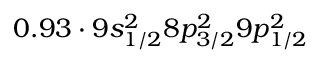
0 . 9 3 \cdot 9 s _ { 1 / 2 } ^ { 2 } 8 p _ { 3 / 2 } ^ { 2 } 9 p _ { 1 / 2 } ^ { 2 }